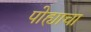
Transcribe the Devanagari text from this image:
पोह्याचा